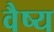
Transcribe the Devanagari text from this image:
वैष्य